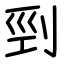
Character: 剄